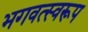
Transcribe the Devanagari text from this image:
भगवत्स्वरूप